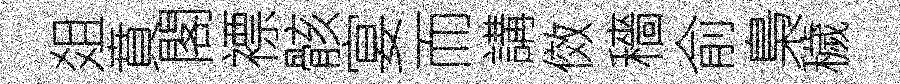
爼賁閣褾骸宴而講傚穡俞梟穢